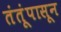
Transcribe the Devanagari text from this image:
तंतूंपासून